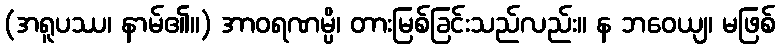
(အရူပဿ၊ နာမ်၏။) အာဝရဏမ္ပိ၊ တားမြစ်ခြင်းသည်လည်း။ န ဘဝေယျ၊ မဖြစ်